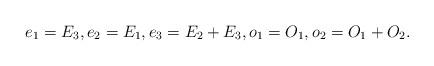
LaTeX: \begin{gather*} e_1 = E_3,e_2 = E_1,e_3 = E_2 + E_3,o_1 = O_1,o_2 = O_1 + O_2.\end{gather*}